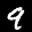
Label: 9